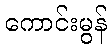
ကောင်းမွန်